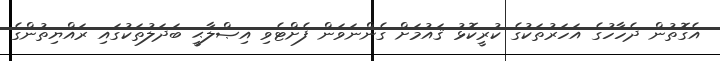
އެގޮތުން ދެހާހުގެ އަހަރުތަކުގެ ކުރީކޮޅު ޤައުމަށް ގެންނަވަން ފެށްޓެވި އިޞްލާޙީ ބަދަލުތަކުގައި ރައްޔިތުންގެ